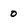
Character: 0